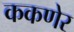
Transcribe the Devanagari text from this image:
ककणेर